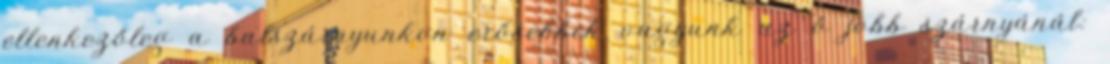
ellenkezőleg a balszárnyunkon erősebbek vagyunk az ő jobb szárnyánál: